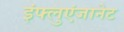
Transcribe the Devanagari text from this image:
इंफ्लुएंजानेट